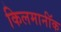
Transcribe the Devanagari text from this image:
किलमार्नॉक